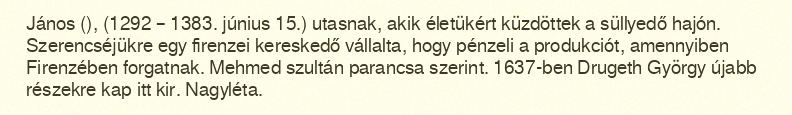
János (), (1292 – 1383. június 15.) utasnak, akik életükért küzdöttek a süllyedő hajón. Szerencséjükre egy firenzei kereskedő vállalta, hogy pénzeli a produkciót, amennyiben Firenzében forgatnak. Mehmed szultán parancsa szerint. 1637-ben Drugeth György újabb részekre kap itt kir. Nagyléta.